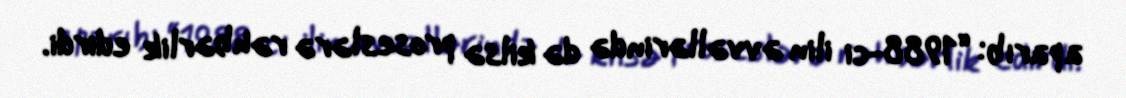
aparıb: “1988-ci ilin əvvəllərində də kilsə proseslərə rəhbərlik edirdi.